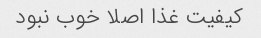
کیفیت غذا اصلا خوب نبود